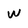
Character: w